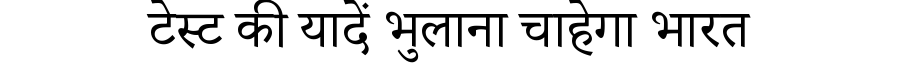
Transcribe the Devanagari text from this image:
टेस्ट की यादें भुलाना चाहेगा भारत